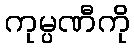
ကုမ္ပဏီကို